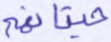
حيتانهم